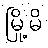
မြို့မိ